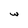
Character: w